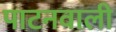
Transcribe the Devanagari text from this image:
पाटनवाली